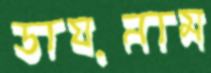
ডায়নাম